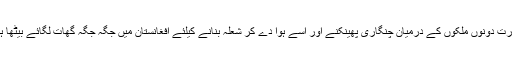
بھارت دونوں ملکوں کے درمیان چنگاری پھینکنے اور اسے ہوا دے کر شعلہ بنانے کیلئے افغانستان میں جگہ جگہ گھات لگائے بیٹھا ہے۔